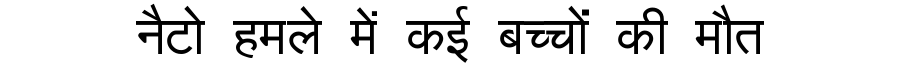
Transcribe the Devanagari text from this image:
नैटो हमले में कई बच्चों की मौत